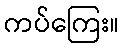
ကပ်ကြေး။